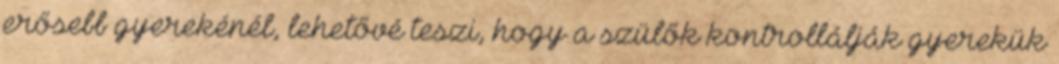
erősebb gyerekénél, lehetővé teszi, hogy a szülők kontrollálják gyerekük